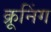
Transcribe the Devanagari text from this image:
क्रूनिंग